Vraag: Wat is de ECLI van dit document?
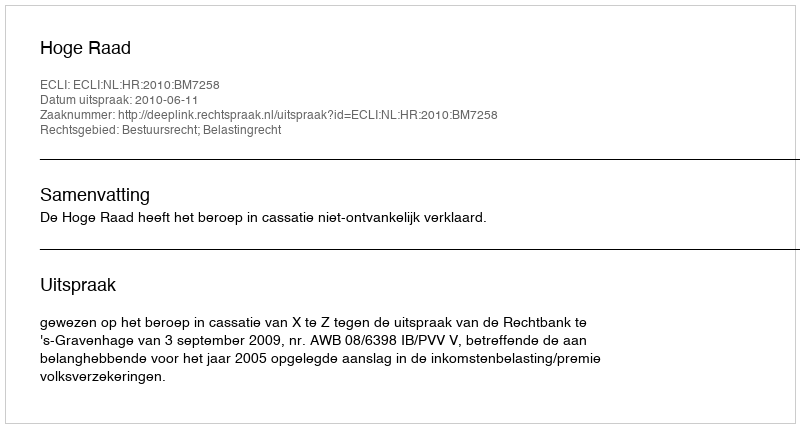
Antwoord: ECLI:NL:HR:2010:BM7258